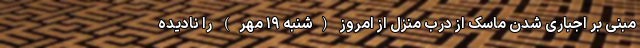
مبنی بر اجباری شدن ماسک از درب منزل از امروز (شنبه ۱۹ مهر) را نادیده